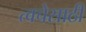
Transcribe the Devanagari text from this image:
त्वचेसाठी